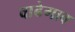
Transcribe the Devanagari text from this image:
वाढेगाव